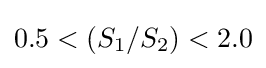
0.5<(S_{1}/S_{2})<2.0